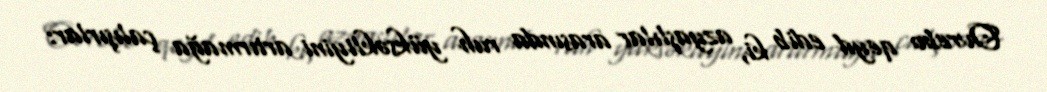
Ovrebo qeyd edib ki, azyaşlılar arasında ruh yüksəkliyini artırmağa çalışırlar: